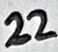
Text: 22